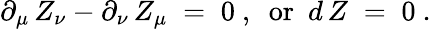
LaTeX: \partial_{\mu}\, Z_{\nu}-\partial_{\nu}\, Z_{\mu}\; =\; 0~,~~\mathrm{or~}~d\, Z\; =\; 0~.